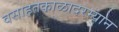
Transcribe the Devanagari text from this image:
वसाहतकाळादरम्यान